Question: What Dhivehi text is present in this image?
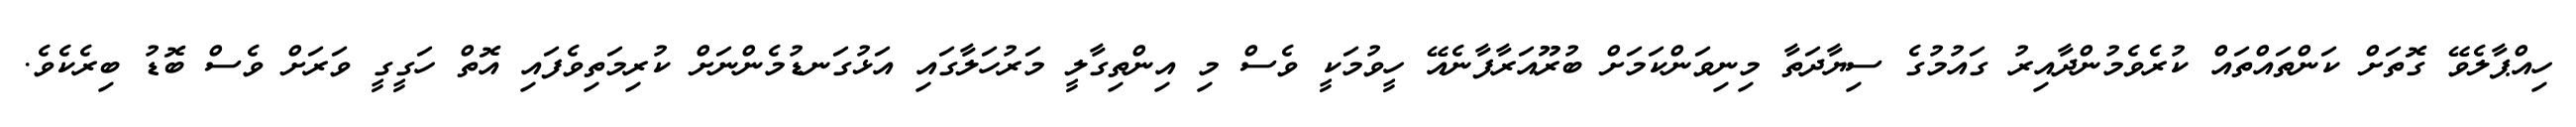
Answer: ހިއްޕާލެވޭ ގޮތަށް ކަންތައްތައް ކުރެވެމުންދާއިރު ގައުމުގެ ސިޔާދަތާ މިނިވަންކަމަށް ބުރޫއަރާފާނެއޭ ހީވުމަކީ ވެސް މި އިންތިގާލީ މަރުހަލާގައި އަޅުގަނޑުމެންނަށް ކުރިމަތިވެފައި އޮތް ހަގީގީ ވަރަށް ވެސް ބޮޑު ބިރެކެވެ.